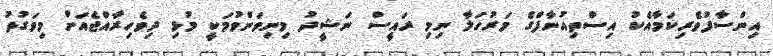
އިންސާފުވެރިކަމާއެކު އިސްތިއުނާފްގެ މަރުހަލާ ނިމި ރައީސް ނަޝީދު މިނިވަންވުމަކީ މުޅި ދިވެހިރާއްޖެއަށް މިވަގުތު